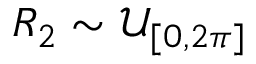
R _ { 2 } \sim \mathcal { U } _ { [ 0 , 2 \pi ] }